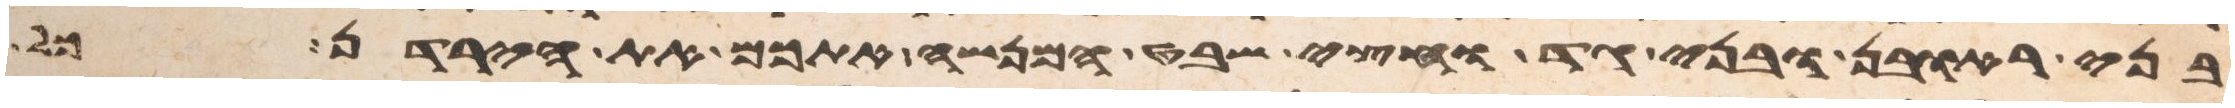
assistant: בני ראובן ובני גד וחצי שבט המנשה אתכם את הירדן כל